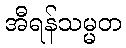
အီရန်သမ္မတ